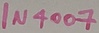
Text: IN4007